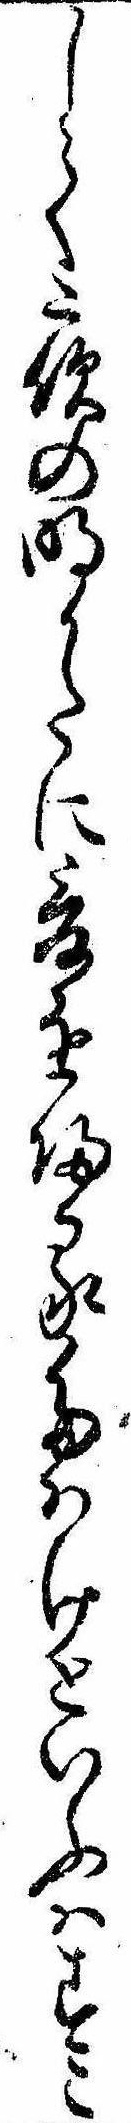
して夜の明かたに爰を帰るたはけといふはすこ